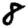
Digit: 8